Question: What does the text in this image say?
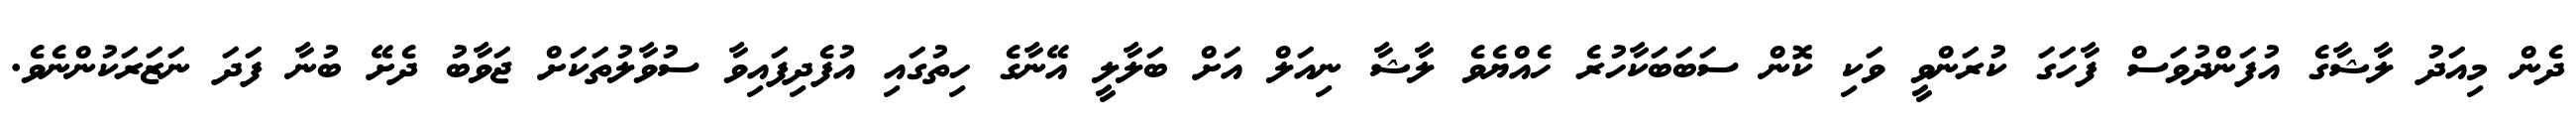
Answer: ދެން މިއަދު ލާޝާގެ އުފަންދުވަސް ފާހަގަ ކުރަންވީ ވަކި ކޮން ސަބަބަކާހުރެ ހެއްޔެވެ ލާޝާ ނިއަލް އަށް ބަލާލީ އޭނާގެ ހިތުގައި އުފެދިފައިވާ ސުވާލުތަކަށް ޖަވާބު ދެށޭ ބުނާ ފަދަ ނަޒަރަކުންނެވެ.